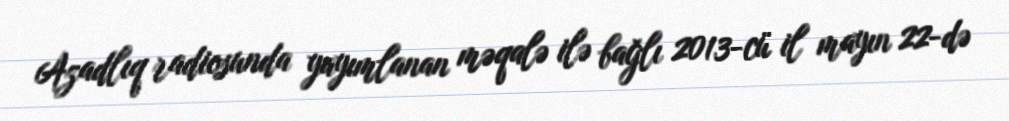
Azadlıq radiosunda yayımlanan məqalə ilə bağlı 2013-cü il mayın 22-də